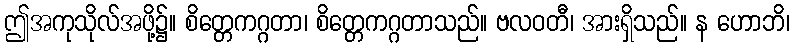
ဤအကုသိုလ်အဖို့၌။ စိတ္တေကဂ္ဂတာ၊ စိတ္တေကဂ္ဂတာသည်။ ဗလဝတီ၊ အားရှိသည်။ န ဟောဘိ၊